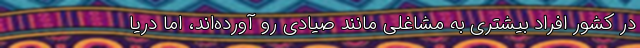
در کشور افراد بیشتری به مشاغلی مانند صیادی رو آورده‌اند، اما دریا